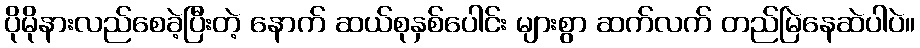
ပိုမိုနားလည်စေခဲ့ပြီးတဲ့ နောက် ဆယ်စုနှစ်ပေါင်း များစွာ ဆက်လက် တည်မြဲနေဆဲပါပဲ။